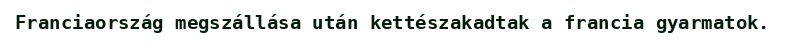
Franciaország megszállása után kettészakadtak a francia gyarmatok.